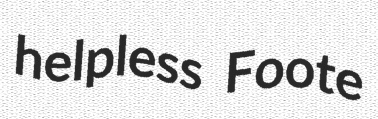
helpless Foote